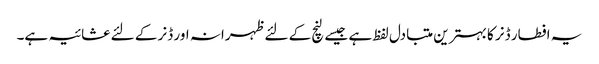
یہ افطار ڈنر کا بہترین متبادل لفظ ہے جیسے لنچ کے لئے ظہرانہ اور ڈنر کے لئے عشائیہ ہے۔